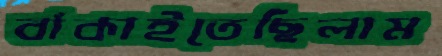
বাঁকাইতেছিলাম